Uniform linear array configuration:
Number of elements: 8
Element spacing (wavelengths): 0.75
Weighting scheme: blackman
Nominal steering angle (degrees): -45
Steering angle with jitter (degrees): -44.95
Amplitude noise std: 0.05
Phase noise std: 0.05

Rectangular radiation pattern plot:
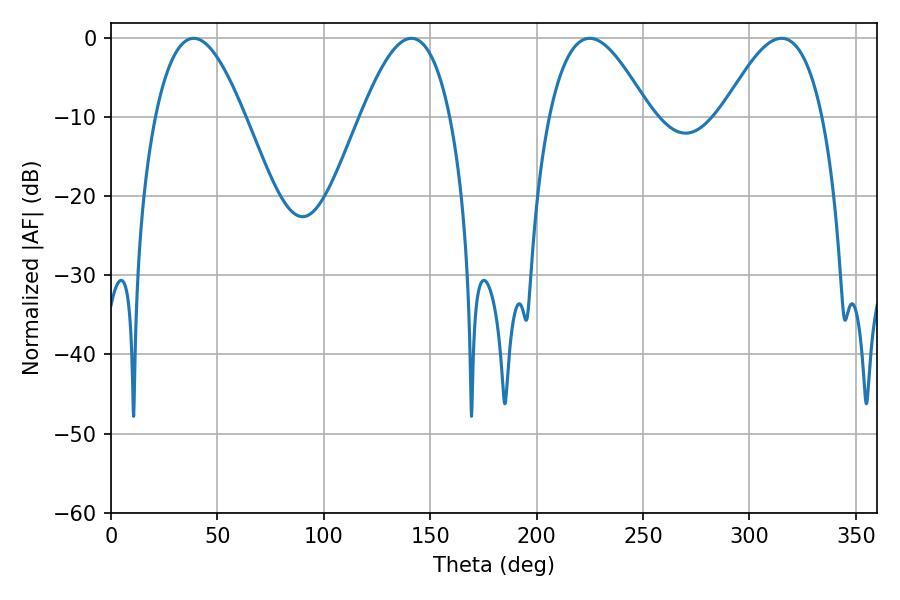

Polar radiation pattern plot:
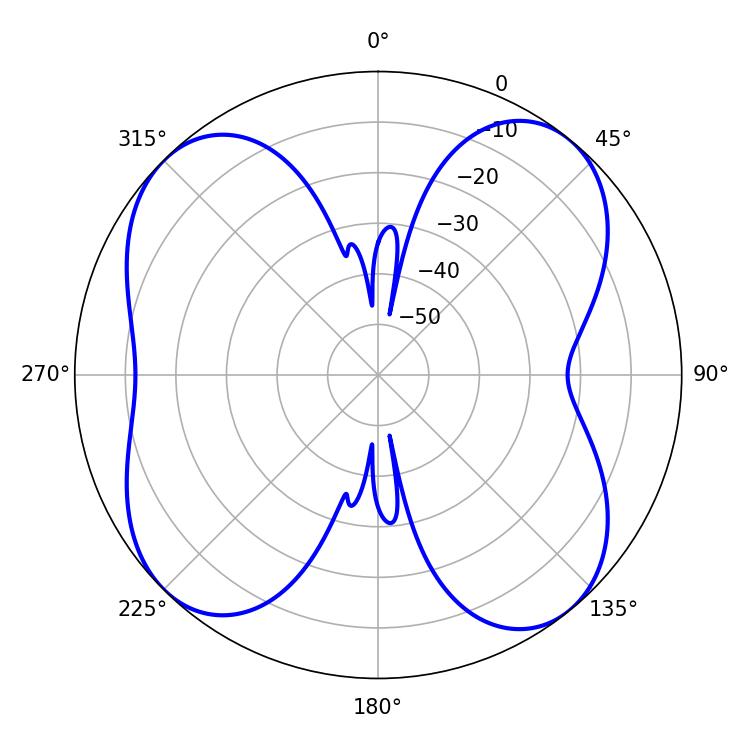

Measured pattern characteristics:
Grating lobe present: TRUE
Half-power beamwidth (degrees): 23.04
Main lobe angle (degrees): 38.88